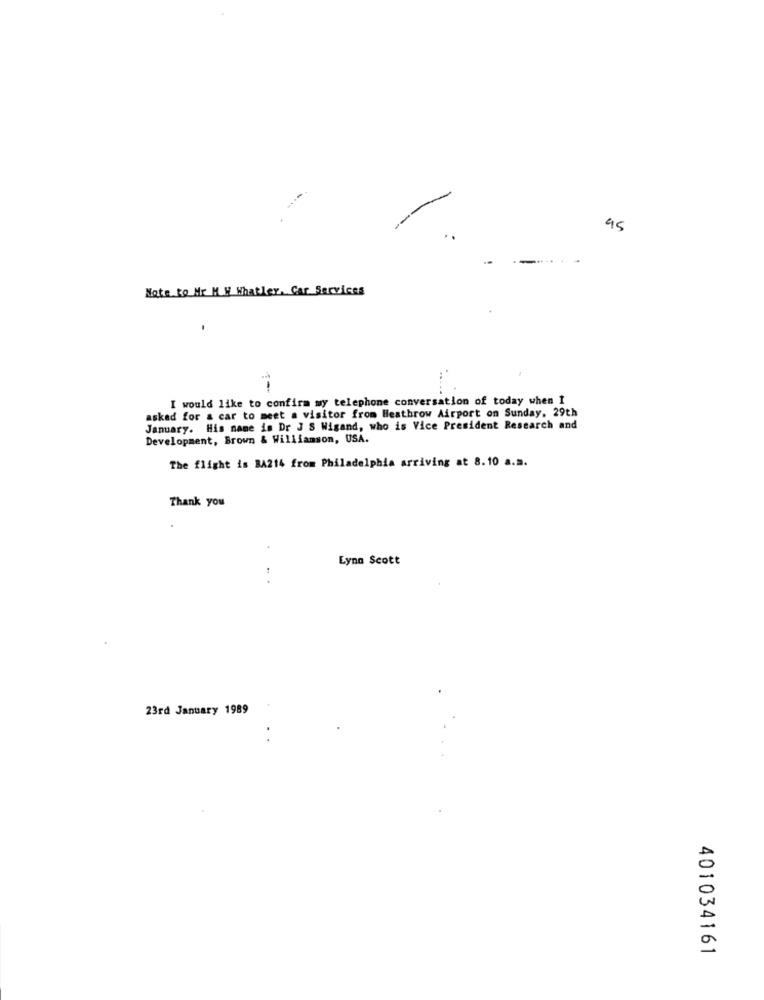
45
.....
Note to Mr M y Whatley, Car Services
I would like to confirm my telephone conversation of today when I
asked for a car to meet a visitor from Heathrow Airport on Sunday, 29th
January. His name is Dr J S Wigand, who is Vice President Research and
Development, Brown & Williamson, USA.
The flight is BA214 from Philadelphia arriving at 8.10 a.a.
Thank you
Lyna Scott
23rd January 1989
401034161